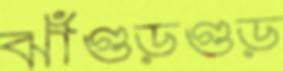
ঝাঁগুড়গুড়